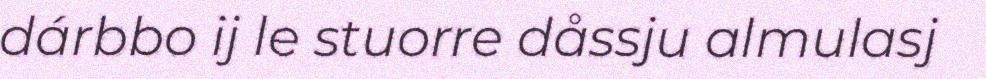
dárbbo ij le stuorre dåssju almulasj